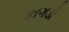
કાગડો